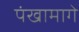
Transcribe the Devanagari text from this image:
पंखामागे